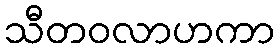
သီတဝလာဟကာ